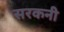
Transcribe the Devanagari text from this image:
सरकनी